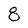
Character: 8